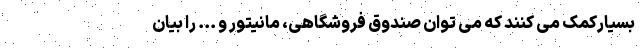
بسیارکمک می کنند که می توان صندوق فروشگاهی، مانیتور و ... را بیان